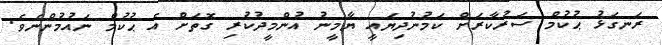
ރަނގަޅު ޙުކުމް ސަރުކާރަށް ކަމުނުދިޔައީ ޔާމީނު އުންމީދުކުރި ގޮތަށް އެ ޙުކުމް ނައުމުންނެވެ.